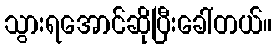
သွားရအောင်ဆိုပြီးခေါ်တယ်။